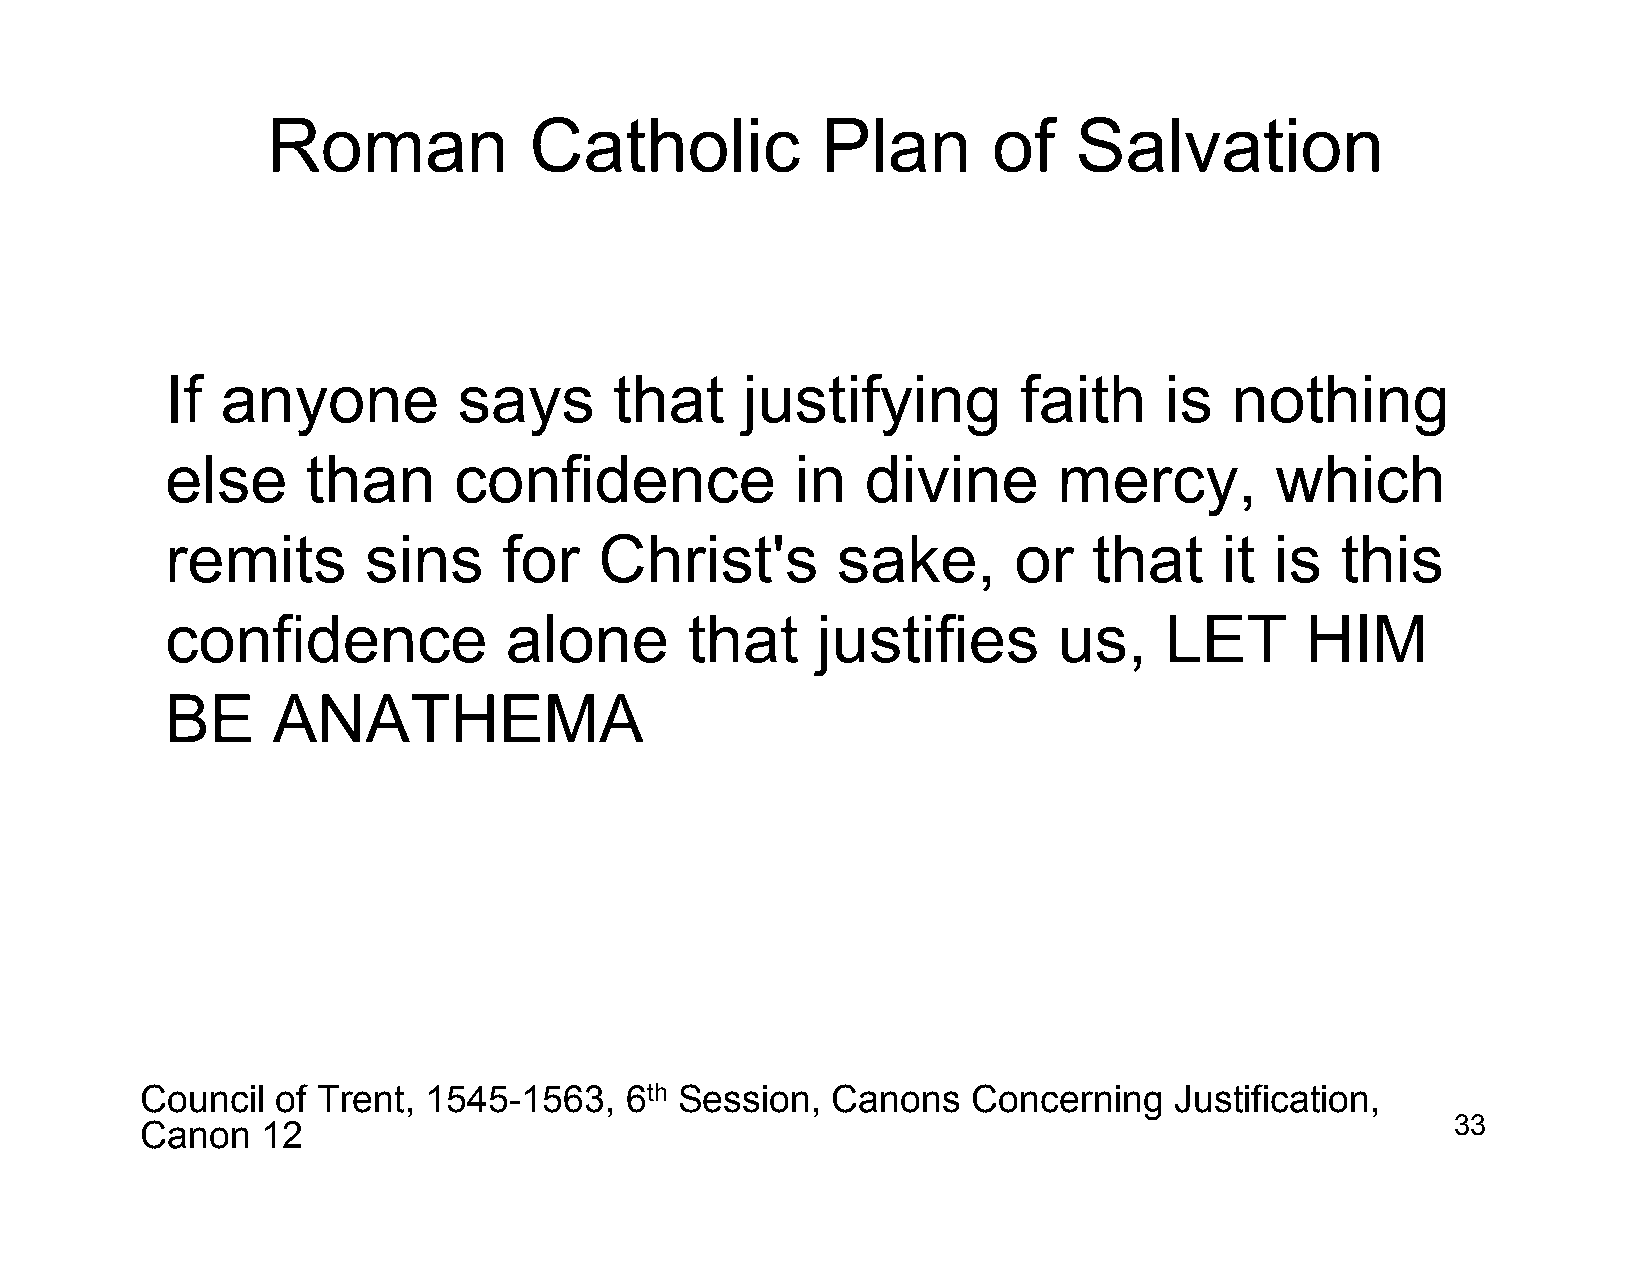
Roman            Catholic           Plan        of   Salvation
 If  anyone         says       that    justifying         faith    is  nothing
 else     than      confidence             in  divine       mercy,        which
 remits       sins     for    Christ's       sake,       or   that     it is   this
 confidence            alone       that     justifies       us,    LET      HIM
 BE     ANATHEMA
 Council  of Trent, 1545-1563,   6th Session,  Canons   Concerning    Justification,
 Canon   12                                                                             33